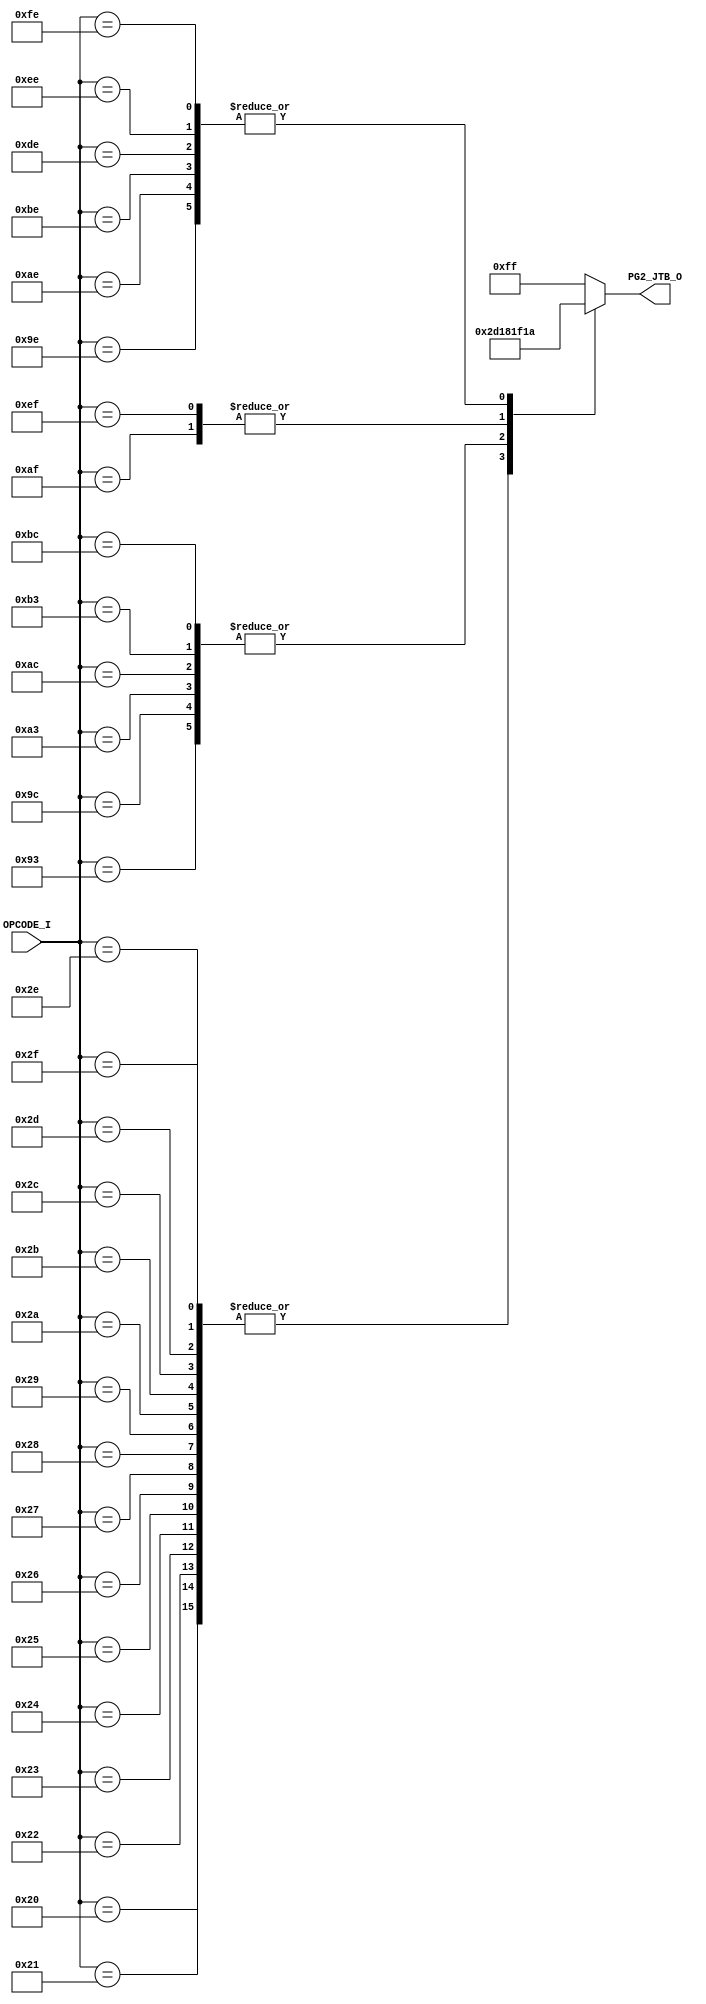
// [TURBO9_DECODE_HEADER_START]
//////////////////////////////////////////////////////////////////////////////
//                          Turbo9 Microprocessor IP
//////////////////////////////////////////////////////////////////////////////
// Website: www.turbo9.org
// Contact: team[at]turbo9[dot]org
//////////////////////////////////////////////////////////////////////////////
// [TURBO9_DECODE_LICENSE_START]
// BSD-1-Clause
//
// Copyright (c) 2020-2023
// Kevin Phillipson
// Michael Rywalt
// All rights reserved.
//
// Redistribution and use in source and binary forms, with or without
// modification, are permitted provided that the following conditions are met:
//
// 1. Redistributions of source code must retain the above copyright notice,
//    this list of conditions and the following disclaimer.
//
// THIS SOFTWARE IS PROVIDED BY THE COPYRIGHT HOLDERS AND CONTRIBUTORS "AS IS"
// AND ANY EXPRESS OR IMPLIED WARRANTIES, INCLUDING, BUT NOT LIMITED TO, THE
// IMPLIED WARRANTIES OF MERCHANTABILITY AND FITNESS FOR A PARTICULAR PURPOSE
// ARE DISCLAIMED. IN NO EVENT SHALL THE COPYRIGHT HOLDERS AND CONTRIBUTORS BE
// LIABLE FOR ANY DIRECT, INDIRECT, INCIDENTAL, SPECIAL, EXEMPLARY, OR
// CONSEQUENTIAL DAMAGES (INCLUDING, BUT NOT LIMITED TO, PROCUREMENT OF
// SUBSTITUTE GOODS OR SERVICES; LOSS OF USE, DATA, OR PROFITS; OR BUSINESS
// INTERRUPTION) HOWEVER CAUSED AND ON ANY THEORY OF LIABILITY, WHETHER IN
// CONTRACT, STRICT LIABILITY, OR TORT (INCLUDING NEGLIGENCE OR OTHERWISE)
// ARISING IN ANY WAY OUT OF THE USE OF THIS SOFTWARE, EVEN IF ADVISED OF THE
// POSSIBILITY OF SUCH DAMAGE.
// [TURBO9_DECODE_LICENSE_END]
//////////////////////////////////////////////////////////////////////////////
// Description:
// Assembled from turbo9_urtl.asm file
// built using cv_MICRO_SEQ_BRANCH_ADDR ctrl_vec
//
//////////////////////////////////////////////////////////////////////////////
// History:
// 07.14.2023 - Kevin Phillipson
//   File header added
//
//////////////////////////////////////////////////////////////////////////////
// [TURBO9_DECODE_HEADER_END]

/////////////////////////////////////////////////////////////////////////////
//                                MODULE
/////////////////////////////////////////////////////////////////////////////
module turbo9_urtl_decode_pg2_JTB(
  input      [7:0] OPCODE_I,
  output reg [7:0] PG2_JTB_O
);

/////////////////////////////////////////////////////////////////////////////
//                                LOGIC
/////////////////////////////////////////////////////////////////////////////

always @* begin
  case (OPCODE_I)
    8'h20 : PG2_JTB_O = 8'h2d; // JMP         LBRA LBRN LBHI LBLS
    8'h21 : PG2_JTB_O = 8'h2d; // JMP         LBRA LBRN LBHI LBLS
    8'h22 : PG2_JTB_O = 8'h2d; // JMP         LBRA LBRN LBHI LBLS
    8'h23 : PG2_JTB_O = 8'h2d; // JMP         LBRA LBRN LBHI LBLS
    8'h24 : PG2_JTB_O = 8'h2d; // JMP         LBCC LBCS LBNE LBEQ
    8'h25 : PG2_JTB_O = 8'h2d; // JMP         LBCC LBCS LBNE LBEQ
    8'h26 : PG2_JTB_O = 8'h2d; // JMP         LBCC LBCS LBNE LBEQ
    8'h27 : PG2_JTB_O = 8'h2d; // JMP         LBCC LBCS LBNE LBEQ
    8'h28 : PG2_JTB_O = 8'h2d; // JMP         LBVC LBVS LBPL LBMI
    8'h29 : PG2_JTB_O = 8'h2d; // JMP         LBVC LBVS LBPL LBMI
    8'h2A : PG2_JTB_O = 8'h2d; // JMP         LBVC LBVS LBPL LBMI
    8'h2B : PG2_JTB_O = 8'h2d; // JMP         LBVC LBVS LBPL LBMI
    8'h2C : PG2_JTB_O = 8'h2d; // JMP         LBGE LBLT LBGT LBLE
    8'h2D : PG2_JTB_O = 8'h2d; // JMP         LBGE LBLT LBGT LBLE
    8'h2E : PG2_JTB_O = 8'h2d; // JMP         LBGE LBLT LBGT LBLE
    8'h2F : PG2_JTB_O = 8'h2d; // JMP         LBGE LBLT LBGT LBLE
    8'h93 : PG2_JTB_O = 8'h18; // CMP         CMPD (dir idx ext)
    8'h9C : PG2_JTB_O = 8'h18; // CMP         CMPY (dir idx ext)
    8'h9E : PG2_JTB_O = 8'h1a; // LD          LDY (dir idx ext)
    8'hA3 : PG2_JTB_O = 8'h18; // CMP         CMPD (dir idx ext)
    8'hAC : PG2_JTB_O = 8'h18; // CMP         CMPY (dir idx ext)
    8'hAE : PG2_JTB_O = 8'h1a; // LD          LDY (dir idx ext)
    8'hAF : PG2_JTB_O = 8'h1f; // ST          STY (idx)
    8'hB3 : PG2_JTB_O = 8'h18; // CMP         CMPD (dir idx ext)
    8'hBC : PG2_JTB_O = 8'h18; // CMP         CMPY (dir idx ext)
    8'hBE : PG2_JTB_O = 8'h1a; // LD          LDY (dir idx ext)
    8'hDE : PG2_JTB_O = 8'h1a; // LD          LDS (dir idx ext)
    8'hEE : PG2_JTB_O = 8'h1a; // LD          LDS (dir idx ext)
    8'hEF : PG2_JTB_O = 8'h1f; // ST          STS (idx)
    8'hFE : PG2_JTB_O = 8'h1a; // LD          LDS (dir idx ext)
    default : PG2_JTB_O = 8'hFF; // from decode_init
  endcase
end

`ifdef SIM_TURBO9

reg [(8*64):0] PG2_JTB_op;

always @* begin
  case (OPCODE_I)
    8'h20 : PG2_JTB_op = "LBRA LBRN LBHI LBLS";
    8'h21 : PG2_JTB_op = "LBRA LBRN LBHI LBLS";
    8'h22 : PG2_JTB_op = "LBRA LBRN LBHI LBLS";
    8'h23 : PG2_JTB_op = "LBRA LBRN LBHI LBLS";
    8'h24 : PG2_JTB_op = "LBCC LBCS LBNE LBEQ";
    8'h25 : PG2_JTB_op = "LBCC LBCS LBNE LBEQ";
    8'h26 : PG2_JTB_op = "LBCC LBCS LBNE LBEQ";
    8'h27 : PG2_JTB_op = "LBCC LBCS LBNE LBEQ";
    8'h28 : PG2_JTB_op = "LBVC LBVS LBPL LBMI";
    8'h29 : PG2_JTB_op = "LBVC LBVS LBPL LBMI";
    8'h2A : PG2_JTB_op = "LBVC LBVS LBPL LBMI";
    8'h2B : PG2_JTB_op = "LBVC LBVS LBPL LBMI";
    8'h2C : PG2_JTB_op = "LBGE LBLT LBGT LBLE";
    8'h2D : PG2_JTB_op = "LBGE LBLT LBGT LBLE";
    8'h2E : PG2_JTB_op = "LBGE LBLT LBGT LBLE";
    8'h2F : PG2_JTB_op = "LBGE LBLT LBGT LBLE";
    8'h93 : PG2_JTB_op = "CMPD (dir idx ext)";
    8'h9C : PG2_JTB_op = "CMPY (dir idx ext)";
    8'h9E : PG2_JTB_op = "LDY (dir idx ext)";
    8'hA3 : PG2_JTB_op = "CMPD (dir idx ext)";
    8'hAC : PG2_JTB_op = "CMPY (dir idx ext)";
    8'hAE : PG2_JTB_op = "LDY (dir idx ext)";
    8'hAF : PG2_JTB_op = "STY (idx)";
    8'hB3 : PG2_JTB_op = "CMPD (dir idx ext)";
    8'hBC : PG2_JTB_op = "CMPY (dir idx ext)";
    8'hBE : PG2_JTB_op = "LDY (dir idx ext)";
    8'hDE : PG2_JTB_op = "LDS (dir idx ext)";
    8'hEE : PG2_JTB_op = "LDS (dir idx ext)";
    8'hEF : PG2_JTB_op = "STS (idx)";
    8'hFE : PG2_JTB_op = "LDS (dir idx ext)";
    default : PG2_JTB_op = "invalid";
  endcase
end

reg [(8*64):0] PG2_JTB_eq;

always @* begin
  case (OPCODE_I)
    8'h20 : PG2_JTB_eq = "JMP";
    8'h21 : PG2_JTB_eq = "JMP";
    8'h22 : PG2_JTB_eq = "JMP";
    8'h23 : PG2_JTB_eq = "JMP";
    8'h24 : PG2_JTB_eq = "JMP";
    8'h25 : PG2_JTB_eq = "JMP";
    8'h26 : PG2_JTB_eq = "JMP";
    8'h27 : PG2_JTB_eq = "JMP";
    8'h28 : PG2_JTB_eq = "JMP";
    8'h29 : PG2_JTB_eq = "JMP";
    8'h2A : PG2_JTB_eq = "JMP";
    8'h2B : PG2_JTB_eq = "JMP";
    8'h2C : PG2_JTB_eq = "JMP";
    8'h2D : PG2_JTB_eq = "JMP";
    8'h2E : PG2_JTB_eq = "JMP";
    8'h2F : PG2_JTB_eq = "JMP";
    8'h93 : PG2_JTB_eq = "CMP";
    8'h9C : PG2_JTB_eq = "CMP";
    8'h9E : PG2_JTB_eq = "LD";
    8'hA3 : PG2_JTB_eq = "CMP";
    8'hAC : PG2_JTB_eq = "CMP";
    8'hAE : PG2_JTB_eq = "LD";
    8'hAF : PG2_JTB_eq = "ST";
    8'hB3 : PG2_JTB_eq = "CMP";
    8'hBC : PG2_JTB_eq = "CMP";
    8'hBE : PG2_JTB_eq = "LD";
    8'hDE : PG2_JTB_eq = "LD";
    8'hEE : PG2_JTB_eq = "LD";
    8'hEF : PG2_JTB_eq = "ST";
    8'hFE : PG2_JTB_eq = "LD";
    default : PG2_JTB_eq = "invalid";
  endcase
end

`endif

/////////////////////////////////////////////////////////////////////////////

endmodule